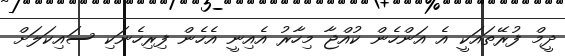
ދީމް ފުރޭތައަކީ އެ އަންހެން ކުއްޖާ މިހާރު އެއިނީ އެހެން ފިރިހެނަކި ސައިކަލަށް